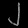
Digit: ၂